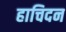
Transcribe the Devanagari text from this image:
हाचिदन